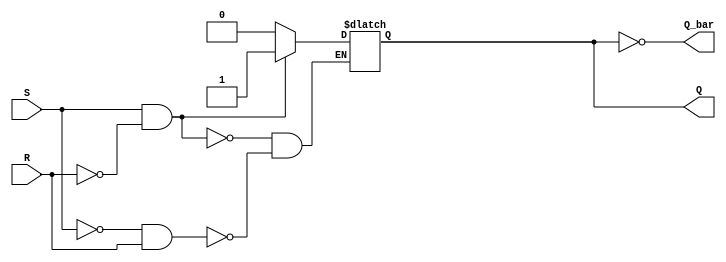
module sr_flipflop(
    input S,
    input R,
    output reg Q,
    output reg Q_bar
);

always @ (S or R) begin
    if (S && !R)
        Q <= 1;
    else if (!S && R)
        Q <= 0;
end

assign Q_bar = ~Q;

endmodule